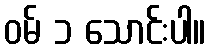
ဝမ် ၁ သောင်းပါ။